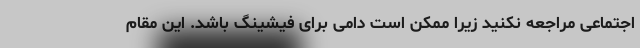
اجتماعی مراجعه نکنید زیرا ممکن است دامی برای فیشینگ باشد. این مقام